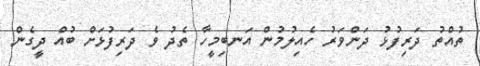
ތުއްތު ދަރިފުޅު ދަންވަރު ހެއިލުމުން އަނބިމީހާ ތެދު ވެ ދަރިފުޅަށް ބުއް ދީގެން